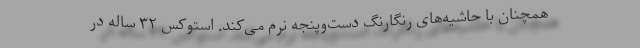
همچنان با حاشیه‌های رنگارنگ دست‌وپنجه نرم می‌کند. استوکس ۳۲ ساله در